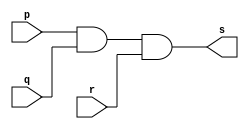
// -------------------------
// Exemplo0013 - AND
// Nome: Davidson Francis
// -------------------------

// -------------------------
// -- AND gate
// -------------------------

module andgate (output s, input p, input q, input r);
  wire a,b;
  assign a = p & q;
  assign b = a & r;
  assign s = b;
endmodule

// -------------------------
// -- test and gate
// -------------------------

module testandgate;

// ------------------------- dados locais

reg a,b,c; // definir registrador
wire s; // definir conexao (fio)

// ------------------------- instancia
andgate AND1 (s, a,b,c);
// ------------------------- preparacao

initial begin:start
  a=0;b=0;c=0;
end

// ------------------------- parte principal

initial begin:main
               // execucao unitaria
  $display("Exemplo 0013 - DavidsonFrancis - 466499");
  $display("Test AND gate:"); 
  $display("\n~(a & b)&c = s\n");
  $monitor("~(%b & %b) & %b = %b", a,b,c, s);
 
  #1 a = 0; b = 0; c = 0;
  #1 a = 0; b = 0; c = 1;
  #1 a = 0; b = 1; c = 0;
  #1 a = 0; b = 1; c = 1;
  #1 a = 1; b = 0; c = 0;
  #1 a = 1; b = 0; c = 1;
  #1 a = 1; b = 1; c = 0;
  #1 a = 1; b = 1; c = 1;
  end
endmodule // testandgate